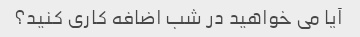
آیا می خواهید در شب اضافه کاری کنید؟